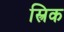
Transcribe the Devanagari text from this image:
स्त्रिक